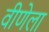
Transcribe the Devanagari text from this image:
वीणेला